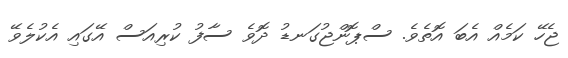
ޖެހޭ ކަމެއް އެބަ އޮތެވެ. ސްޕޮންޖުގަނޑު ދޮވެ ސާފު ކުރިއަސް އޭގައި އެކުލެވޭ